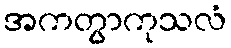
အကတွာကုသလံ